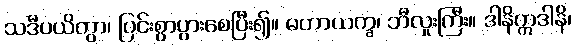
သဒီပယိတွာ၊ ပြင်းစွာပွားစေပြီး၍။ မဟာယက္ခ၊ ဘီလူးကြီး။ ဒါနိဣဒါနိ၊